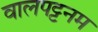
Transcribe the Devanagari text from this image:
वालपट्टनम